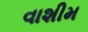
વાશીમ